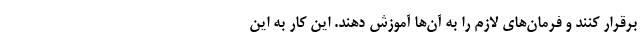
برقرار کنند و فرمان‌های لازم را به آن‌ها آموزش دهند. این کار به این